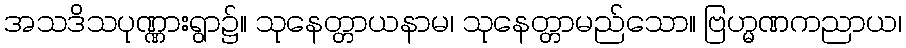
အသဒိသပုဏ္ဏားရွာ၌။ သုနေတ္တာယနာမ၊ သုနေတ္တာမည်သော။ ဗြဟ္မဏကညာယ၊